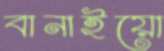
বানাইয়ো